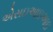
એસઇઆઇઆઇ